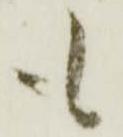
も